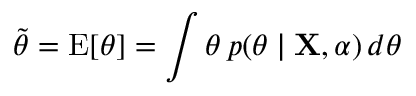
{ \tilde { \theta } } = \operatorname { E } [ \theta ] = \int \theta \, p ( \theta \mid \mathbf { X } , \alpha ) \, d \theta